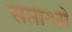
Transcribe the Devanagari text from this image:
सप्ताश्वो